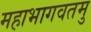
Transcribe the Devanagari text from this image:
महाभागवतमु